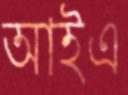
আইএ